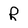
Character: R